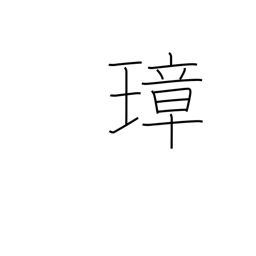
Meaning: ceremonial jeweled implement